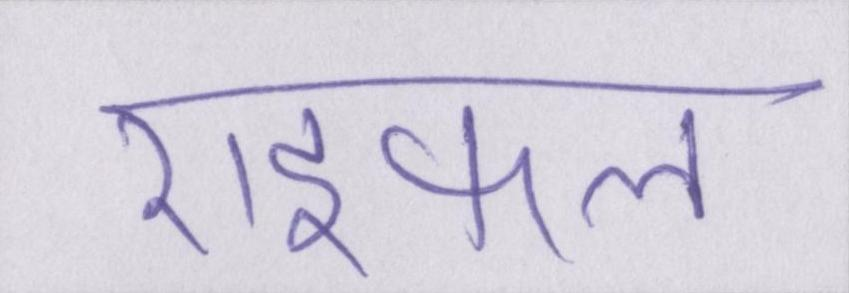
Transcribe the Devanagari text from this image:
राइफल